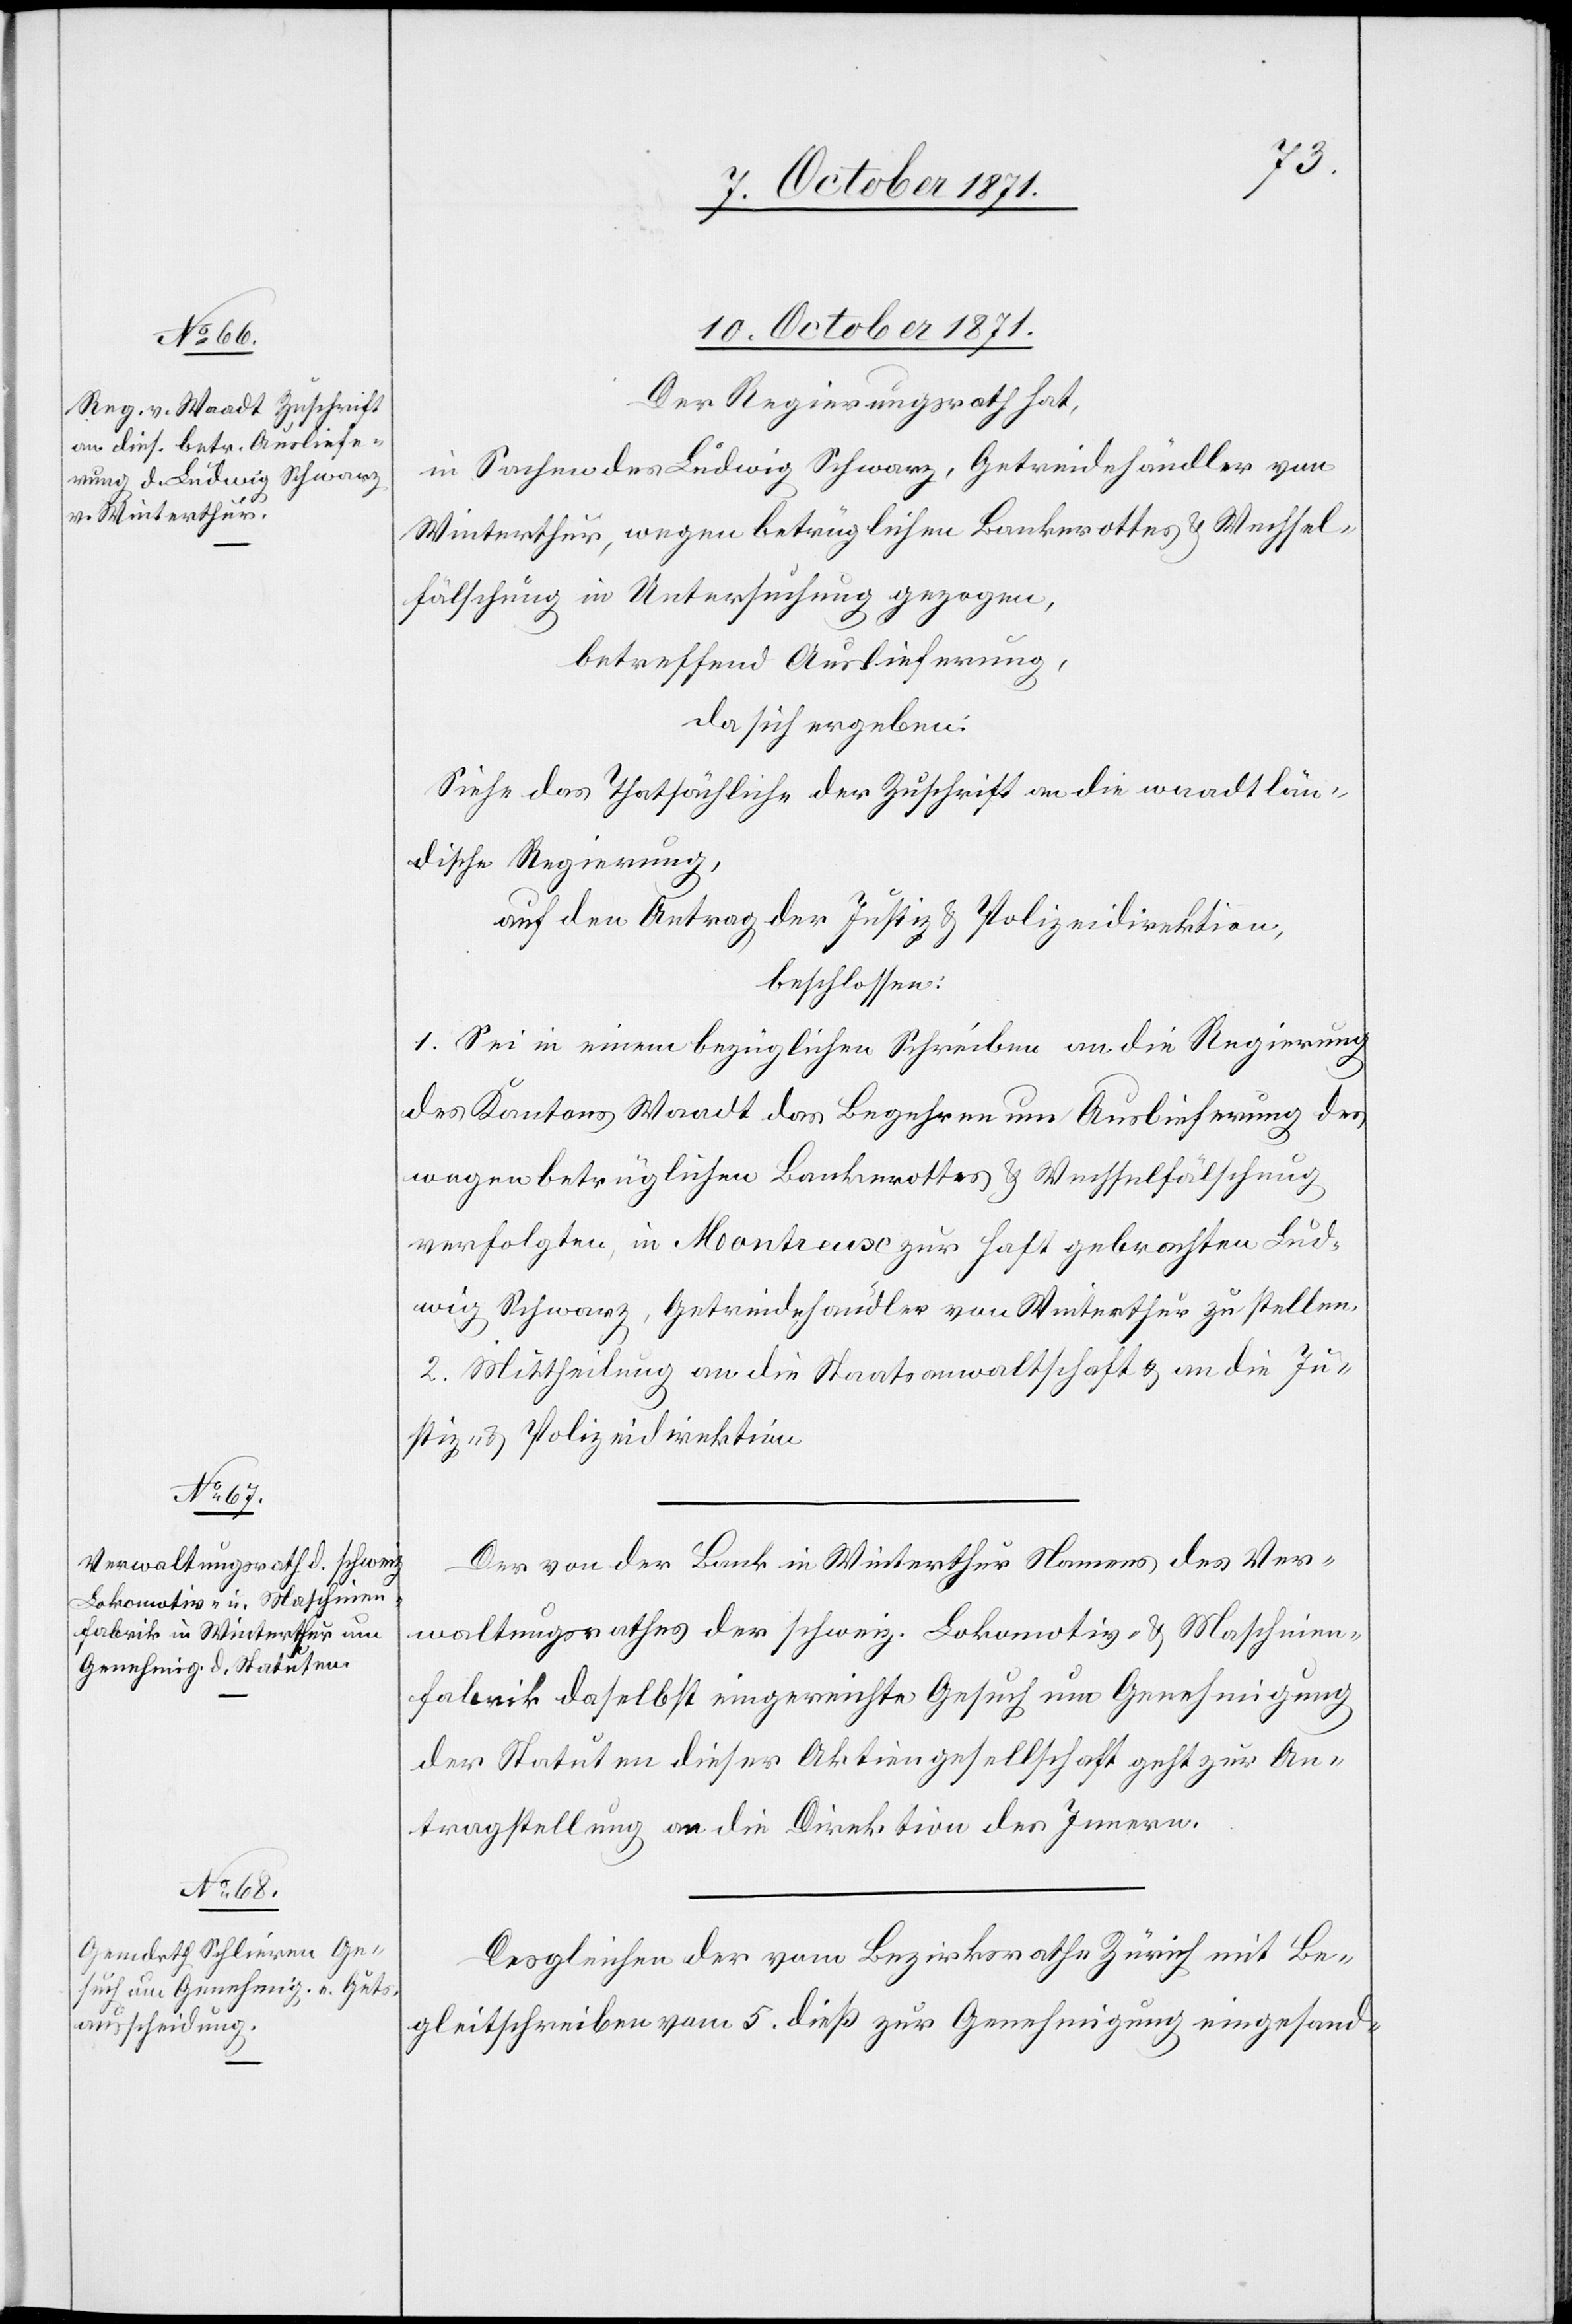
10. October 1871.]
Der Regierungsrath hat,
in Sachen des Ludwig Schwarz, Getreidehändler von
Winterthur, wegen betrüglichen Bankerottes & Wechsel¬
fälschung in Untersuchung gezogen,
betreffend Auslieferung,
da sich ergeben:
Siehe das Thatsächliche der Zuschrift an die waadtlän¬
dische Regierung,
auf den Antrag der Justiz[-] & Polizeidirektion,
beschlossen:
1. Sei in einem bezüglichen Schreiben an die Regierung
des Kantons Waadt das Begehren um Auslieferung des
wegen betrüglichen Bankrottes & Wechselfälschung
verfolgten, in Montreux zur Haft gebrachten Lud¬
wig Schwarz, Getreidehändler von Winterthur zu stellen.
2. Mittheilung an die Staatsanwaltschaft & an die Ju¬
stiz- & Polizeidirektion.
Das] von der Bank in Winterthur Namens des Ver¬
waltungsrathes der schweiz. Lokomotiv- & Maschinen¬
fabrik daselbst eingereichte Gesuch um Genehmigung
der Statuten dieser Aktiengesellschaft geht zur An¬
tragstellung an die Direktion des Innern.
der [recte: die] vom Bezirksrathe Zürich mit Be¬
gleitschreiben vom 5. dieß zur Genehmigung eingesand-